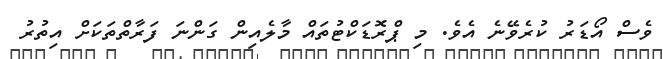
ވެސް އޯޑަރު ކުރެވޭނެ އެވެ. މި ޕްރޮޑަކްޓުތައް މާލެއިން ގަންނަ ފަރާތްތަކަށް އިތުރު